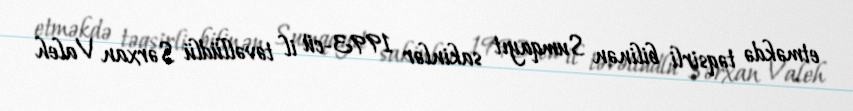
etməkdə təqsirli bilinən Sumqayıt sakinlər 1993-cü il təvəllüdlü Sərxan Valeh